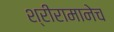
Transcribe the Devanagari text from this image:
श्रीरामानेच